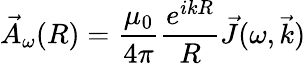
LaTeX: \vec{A}_{\omega}(R)=\frac{\mu_{0}}{4\pi}\frac{e^{ikR}}{R}\vec{J}(\omega,\vec{k})